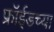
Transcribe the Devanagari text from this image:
फ्रॉईडच्या